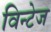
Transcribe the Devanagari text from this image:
विन्टेज